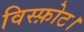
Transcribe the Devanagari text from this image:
विस्फ़ोट।